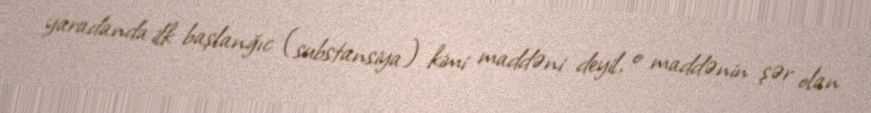
yaradanda ilk başlanğıc (substansiya) kimi maddəni deyil, o maddənin şər olan